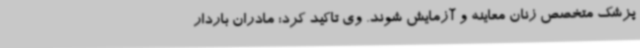
پزشک متخصص زنان معاینه و آزمایش شوند. وی تاکید کرد: مادران باردار